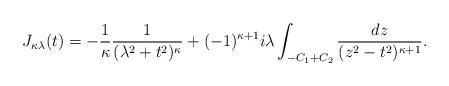
LaTeX: \begin{align*}J_{\kappa\lambda}(t) =-\frac{1}{\kappa}\frac{1}{(\lambda^2+t^2)^\kappa} +(-1)^{\kappa+1}i\lambda\int_{-C_1+C_2}\frac{dz}{(z^2-t^2)^{\kappa+1}}.\end{align*}